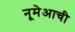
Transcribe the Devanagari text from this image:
नूमेआची